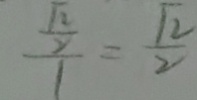
\frac { \frac { \sqrt { 2 } } { 2 } } { 1 } = \frac { \sqrt { 2 } } { 2 }